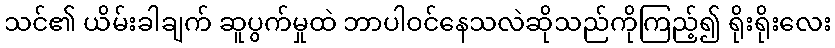
သင်၏ ယိမ်းခါချက် ဆူပွက်မှုထဲ ဘာပါဝင်နေသလဲဆိုသည်ကိုကြည့်၍ ရိုးရိုးလေး